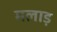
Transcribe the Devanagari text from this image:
मलाड़